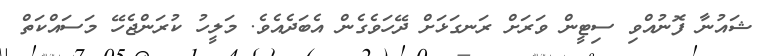
ޝައުނާ ފޮނުއްވި ސިޓީން ވަރަށް ރަނގަޅަށް ދޭހަވެގެން އެބަދެއެވެ. މަލީހު ކުރަންޖެހޭ މަސައްކަތް